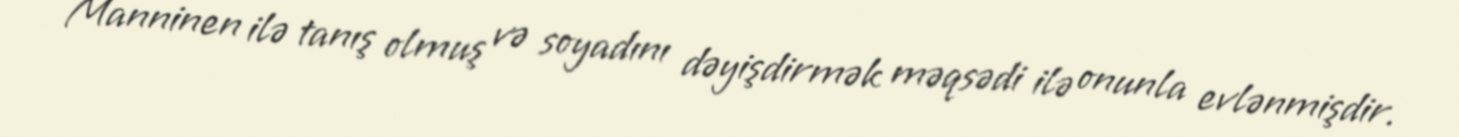
Manninen ilə tanış olmuş və soyadını dəyişdirmək məqsədi ilə onunla evlənmişdir.